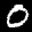
Label: 0